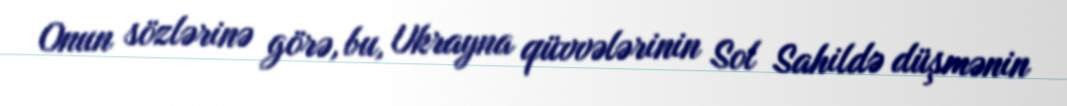
Onun sözlərinə görə, bu, Ukrayna qüvvələrinin Sol Sahildə düşmənin